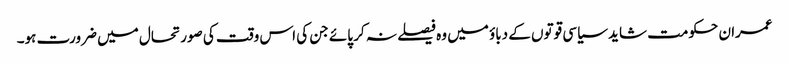
عمران حکومت شاید سیاسی قوتوں کے دباؤ میں وہ فیصلے نہ کر پائے جن کی اس وقت کی صورتحال میں ضرورت ہو۔